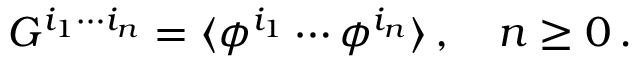
G ^ { i _ { 1 } \cdots i _ { n } } = \langle \phi ^ { i _ { 1 } } \cdots \phi ^ { i _ { n } } \rangle \, , \quad n \geq 0 \, .